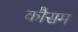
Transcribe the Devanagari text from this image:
कौसम